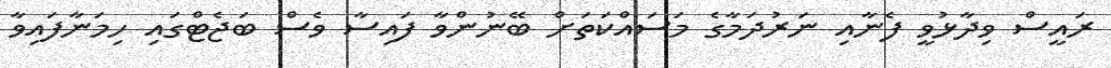
ރައީސް ވިދާޅުވީ ފެނާއި ނަރުދަމާގެ މަސައްކަތަށް ބޭނުންވާ ފައިސާ ވެސް ބަޖެޓްގައި ހިމަނާފައިވާ